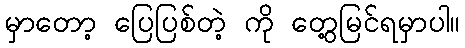
မှာတော့ ပြေပြစ်တဲ့ ကို တွေ့မြင်ရမှာပါ။